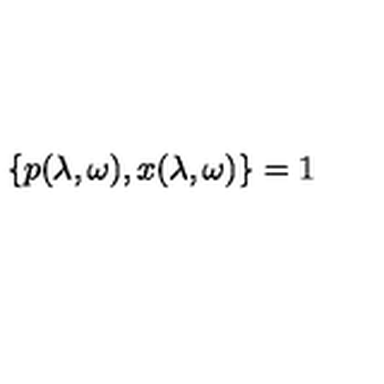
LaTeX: \{ p ( \lambda , \omega ) , x ( \lambda , \omega ) \} = 1